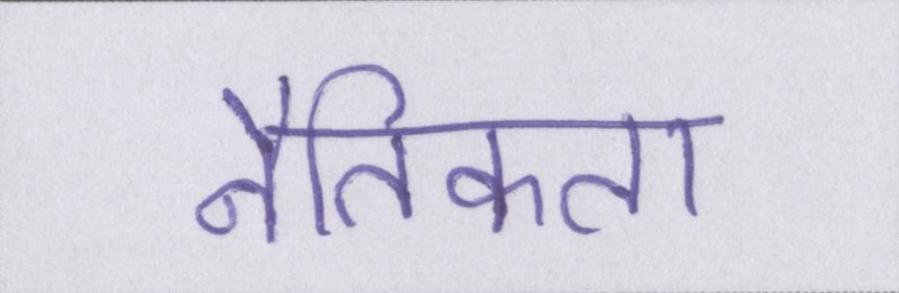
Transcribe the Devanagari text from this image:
नैतिकता